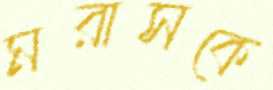
মরাসকে